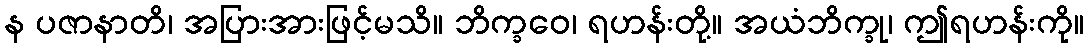
န ပဇာနာတိ၊ အပြားအားဖြင့်မသိ။ ဘိက္ခဝေ၊ ရဟန်းတို့။ အယံဘိက္ခု၊ ဤရဟန်းကို။